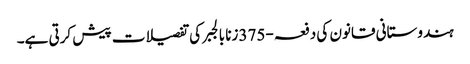
ہندوستانی قانون کی دفعہ-375زنا بالجبر کی تفصیلات پیش کرتی ہے۔